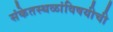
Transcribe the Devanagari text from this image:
संकेतस्थळांविषयीची